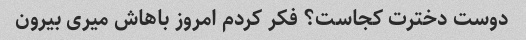
دوست دخترت کجاست؟ فکر کردم امروز باهاش ​​میری بیرون